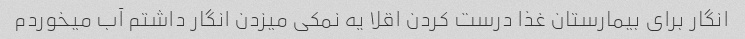
انگار برای بیمارستان غذا درست کردن اقلا یه نمکی میزدن انگار داشتم آب میخوردم